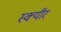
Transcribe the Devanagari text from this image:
स्क्यीर